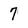
Character: 7